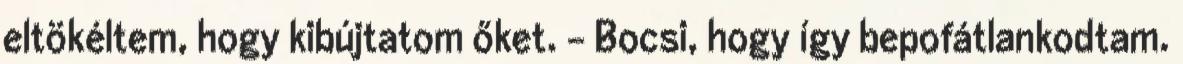
eltökéltem, hogy kibújtatom őket. - Bocsi, hogy így bepofátlankodtam.